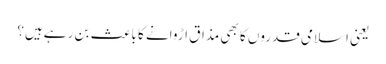
یعنی اسلامی قدروں کا بھی مذاق اڑوانے کا باعث بن ر ہےہیں؟